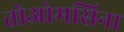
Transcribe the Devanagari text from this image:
तोओमसिना